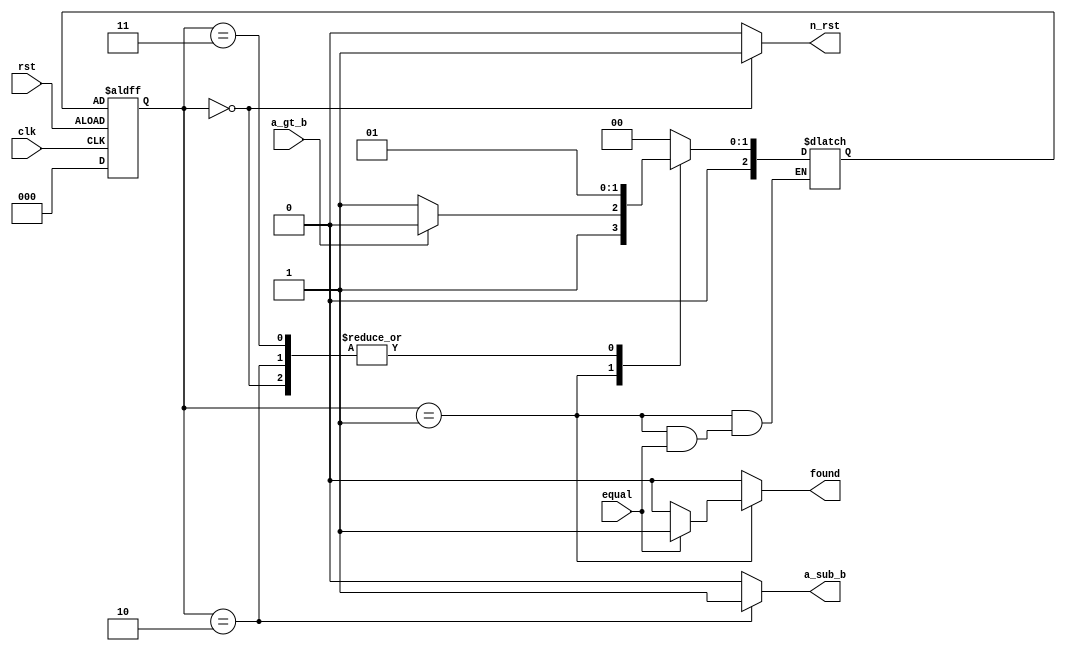
module gcd_cont (
    input clk , rst, equal , a_gt_b,  
    output reg a_sub_b , n_rst , found
);

localparam STATE_REG_WIDTH = 3;
localparam [STATE_REG_WIDTH-1 : 0] s0 = 3'd0,    //start state
                                   s1 = 3'd1,   //equality check
                                   s2 = 3'd2,   // A>B
                                   s3 = 3'd3;   //B>A

reg [STATE_REG_WIDTH-1 : 0] curr_state , next_state;

always @(posedge clk , negedge rst) begin
    if (rst) begin
        curr_state <= s0;
    end
    else begin
        curr_state <= next_state ;
    end
end

always @(*) begin
    a_sub_b = 0;
    n_rst = 0;
    found = 0;

    case (curr_state)
        s0 : begin
           n_rst =1; 

           next_state = s1 ;

        end
        s1 : begin
           if (equal) begin
            found = 1;
           end
           else begin
            if (a_gt_b) begin
                next_state = s2;
            end
            else begin
                next_state = s3;
            end
           end
        end
        s2 : begin
           a_sub_b =1; 

           next_state = s1;
        end
        s3 : begin
           a_sub_b =0; 

           next_state = s1;
        end
        default : next_state = s0;
    endcase

end

endmodule